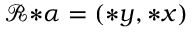
\mathcal { R } { * } \alpha = ( { \boldsymbol { * } } y , { \boldsymbol { * } } x )